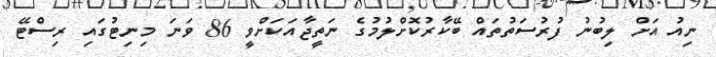
ނިއު އަށް ލިބުނު ފުރުސަތުތައް ބޭކާރުކޮށްލުމުގެ ނަތީޖާއަކަށްވީ 86 ވަނަ މިނިޓުގައި ރިސްޓޭ